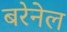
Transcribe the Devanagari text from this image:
बरेनेल